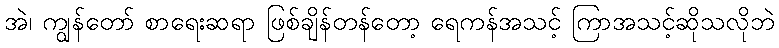
အဲ၊ ကျွန်တော် စာရေးဆရာ ဖြစ်ချိန်တန်တော့ ရေကန်အသင့် ကြာအသင့်ဆိုသလိုဘဲ